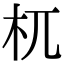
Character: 杌